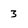
Character: 3